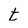
Character: t